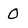
Character: O